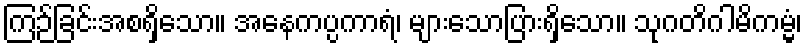
ကြဉ်ခြင်းအစရှိသော။ အနေကပ္ပကာရံ၊ များသောပြားရှိသော။ သုဂတိဂါမိကမ္မံ၊